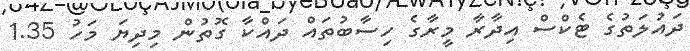
ދައުލަތުގެ ޓެކްސް އިދާރާ މީރާގެ ހިސާބުތައް ދައްކާ ގޮތުން މިދިޔަ މަހު 1.35